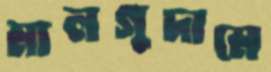
মালগুদামে